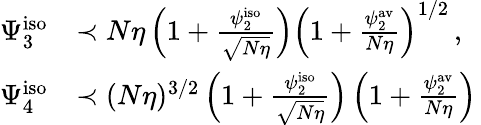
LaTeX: \begin{array}{rl}{\Psi_{3}^{\mathrm{iso}}}&{\prec N\eta\left(1+\frac{\psi_{2}^{\mathrm{iso}}}{\sqrt{N\eta}}\right)\left(1+\frac{\psi_{2}^{\mathrm{av}}}{N\eta}\right)^{1/2}\, ,}\\ {\Psi_{4}^{\mathrm{iso}}}&{\prec(N\eta)^{3/2}\left(1+\frac{\psi_{2}^{\mathrm{iso}}}{\sqrt{N\eta}}\right)\left(1+\frac{\psi_{2}^{\mathrm{av}}}{N\eta}\right)\, }\end{array}